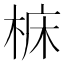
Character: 𪲝